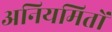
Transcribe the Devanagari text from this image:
अनियमितों